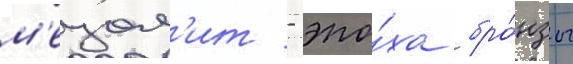
м'езол'ит - эпо́ха бро́нзы